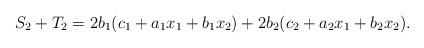
LaTeX: \begin{align*}S_2 + T_2 = 2b_1(c_1+a_1x_1 + b_1x_2) + 2b_2 (c_2+a_2x_1 + b_2x_2).\end{align*}